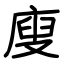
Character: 廋